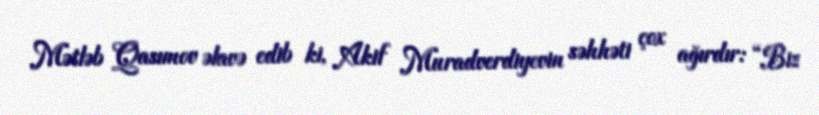
Mətləb Qasımov əlavə edib ki, Akif Muradverdiyevin səhhəti çox ağırdır: “Biz